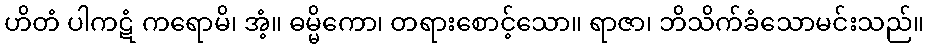
ဟိတံ ပါကဋံ ကရောမိ၊ အံ့။ ဓမ္မိကော၊ တရားစောင့်သော။ ရာဇာ၊ ဘိသိက်ခံသောမင်းသည်။